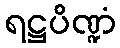
ရဋ္ဌပိဏ္ဍံ